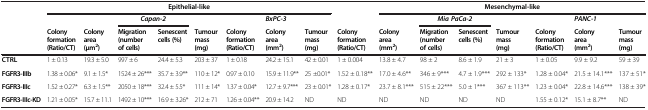
<table><thead><tr><td rowspan="3"><b> </b></td><td colspan="8"><b>Epithelial-like</b></td><td><b> </b></td><td colspan="7"><b>Mesenchymal-like</b></td></tr><tr><td><b> </b></td><td><b> </b></td><td colspan="2"><b><i>Capan-2</i></b></td><td><b> </b></td><td><b> </b></td><td><b><i>BxPC-3</i></b></td><td><b> </b></td><td><b> </b></td><td><b> </b></td><td colspan="2"><b><i>Mia PaCa-2</i></b></td><td><b> </b></td><td><b> </b></td><td><b><i>PANC-1</i></b></td><td><b> </b></td></tr><tr><td><b>Colony formation (Ratio/CT)</b></td><td><b>Colony area (μm<sup>2</sup>)</b></td><td><b>Migration (number of cells)</b></td><td><b>Senescent cells (%)</b></td><td><b>Tumour mass (mg)</b></td><td><b>Colony formation (Ratio/CT)</b></td><td><b>Colony area (mm<sup>2</sup>)</b></td><td><b>Tumour mass (mg)</b></td><td><b>Colony formation (Ratio/CT)</b></td><td><b>Colony area (mm<sup>2</sup>)</b></td><td><b>Migration (number of cells)</b></td><td><b>Senescent cells (%)</b></td><td><b>Tumour mass (mg)</b></td><td><b>Colony formation (Ratio/CT)</b></td><td><b>Colony area (mm<sup>2</sup>)</b></td><td><b>Tumour mass (mg)</b></td></tr></thead><tbody><tr><td><b>CTRL</b></td><td>1 ± 0.13</td><td>19.3 ± 5.0</td><td>997 ± 6</td><td>24.4 ± 5.3</td><td>203 ± 37</td><td>1 ± 0.18</td><td>24.2 ± 15.1</td><td>42 ± 0.01</td><td>1 ± 0.004</td><td>13.8 ± 4.7</td><td>98 ± 2</td><td>8.6 ± 1.9</td><td>21 ± 3</td><td>1 ± 0.05</td><td>9.9 ± 9.2</td><td>59 ± 39</td></tr><tr><td><b>FGFR3-IIIb</b></td><td>1.38 ± 0.06*</td><td>9.1 ± 1.5*</td><td>1524 ± 26***</td><td>35.7 ± 3.9**</td><td>110 ± 12*</td><td>0.97 ± 0.10</td><td>15.9 ± 11.9**</td><td>25 ±0.01*</td><td>1.52 ± 0.18**</td><td>17.0 ± 4.6**</td><td>346 ± 9***</td><td>4.7 ± 1.9***</td><td>292 ± 133*</td><td>1.28 ± 0.04*</td><td>21.5 ± 14.1***</td><td>137 ± 51*</td></tr><tr><td><b>FGFR3-IIIc</b></td><td>1.52 ± 0.27*</td><td>6.3 ± 1.5**</td><td>2050 ± 18***</td><td>32.4 ± 5.5*</td><td>111 ± 14*</td><td>1.37 ± 0.04*</td><td>12.7 ± 9.7***</td><td>23 ± 0.01*</td><td>1.28 ± 0.17*</td><td>23.7 ± 8.1***</td><td>515 ± 22***</td><td>5.0 ± 1***</td><td>367 ± 113**</td><td>1.23 ± 0.04*</td><td>22.8 ± 14.6***</td><td>138 ± 39*</td></tr><tr><td><b>FGFR3-IIIc-KD</b></td><td>1.21 ± 0.05*</td><td>15.7 ± 11.1</td><td>1492 ± 10***</td><td>16.9 ± 3.26*</td><td>212 ± 71</td><td>1.26 ± 0.04**</td><td>20.9 ± 14.2</td><td>ND</td><td>ND</td><td>ND</td><td>ND</td><td>ND</td><td>ND</td><td>1.55 ± 0.12*</td><td>15.1 ± 8.7**</td><td>ND</td></tr></tbody></table>